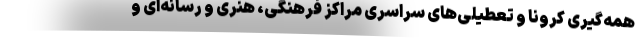
همه‌گیری کرونا و تعطیلی‌های سراسری مراکز فرهنگی، هنری و رسانه‌ای و